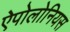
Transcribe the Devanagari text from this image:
ऐपोलोनियस